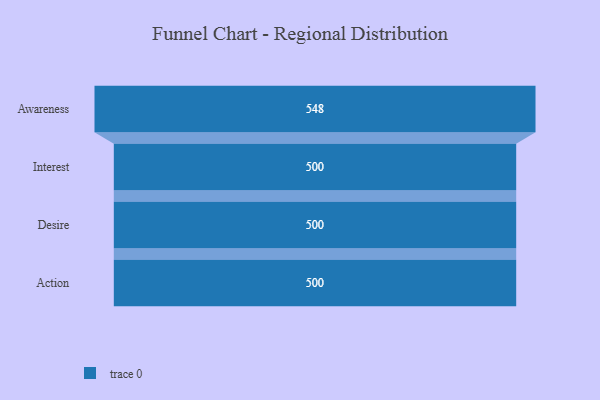
{"axis": {"x": "Stage", "y": "Value"}, "legend": [""], "data": [{"x": "Awareness", "y": 548.0, "type": ""}, {"x": "Interest", "y": 500, "type": ""}, {"x": "Desire", "y": 500, "type": ""}, {"x": "Action", "y": 500, "type": ""}]}